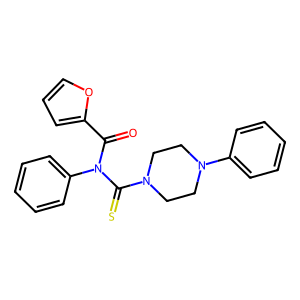
SMILES: O=C(c1ccco1)N(C(=S)N1CCN(c2ccccc2)CC1)c1ccccc1
Inhibits HIV replication: No